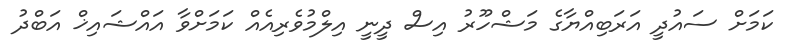
ކަމަށް ސައުދީ އަރަބިއްޔާގެ މަޝްހޫރު އިސް ދީނީ އިލްމުވެރިއެއް ކަމަށްވާ އައްޝައިޚް އަބްދު